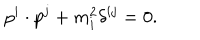
p ^ { i } \cdot p ^ { j } + m _ { i } ^ { 2 } \delta ^ { i j } = 0 .